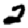
Digit: 2